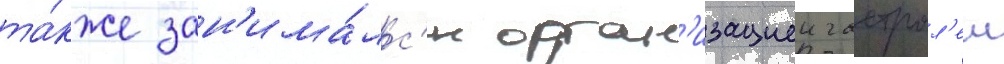
та́кже зан'има́лс'я орган'изациеи гастрол'еи